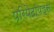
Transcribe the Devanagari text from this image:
पेरिपैटॉयड्स